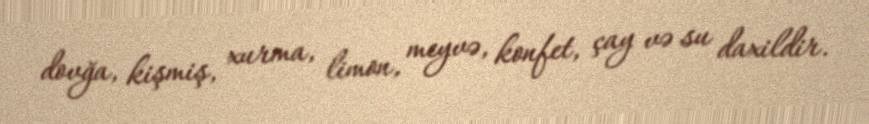
dovğa, kişmiş, xurma, limon, meyvə, konfet, çay və su daxildir.